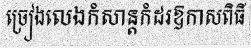
ច្រៀងលេងកំសាន្តកំដរឱកាសពិធី